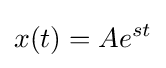
x(t)=Ae^{st}